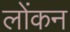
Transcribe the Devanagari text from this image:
लोंकन